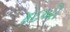
૪૮ઓ